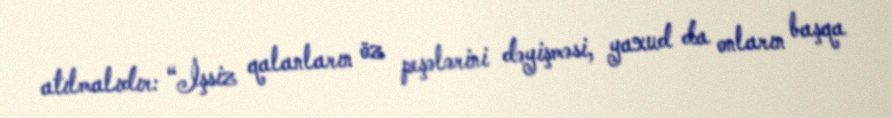
atılmalıdır: “İşsiz qalanların öz peşələrini dəyişməsi, yaxud da onların başqa